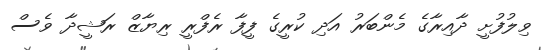
ވިލުފުށީ ދާއިރާގެ މެންބަރު އަދި ކުރީގެ ފީފާ ރެފްރީ ރިޔާޒް ރަޝީދާ ވެސް